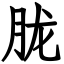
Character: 胧